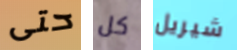
حتى كل شيريل